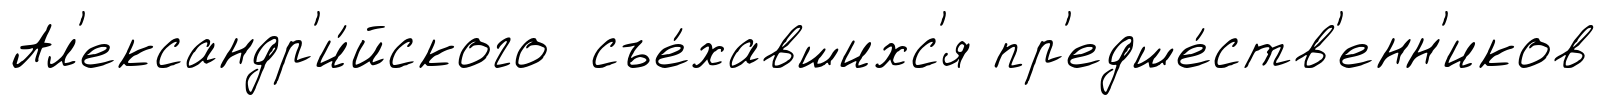
Ал'ександр'и́йского съе́хавшихс'я пр'едше́ств'енн'иков